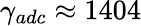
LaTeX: \gamma_{adc}\approx 1404